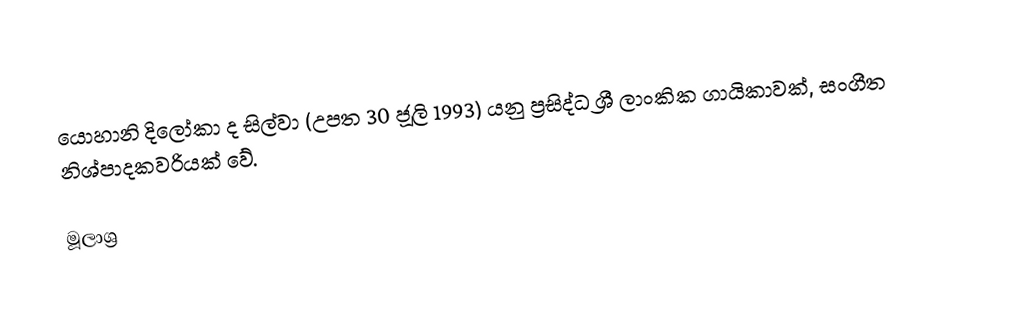
යොහානි දිලෝකා ද සිල්වා (උපත 30 ජූලි 1993) යනු ප්‍රසිද්ධ ශ්‍රී ලාංකික ගායිකාවක්, සංගීත නිශ්පාදකවරියක් වේ.

මූලාශ්‍ර